Report of an investigation into the causes of malaria in Bombay and the measures necessary for its control
Disease focus: Malaria
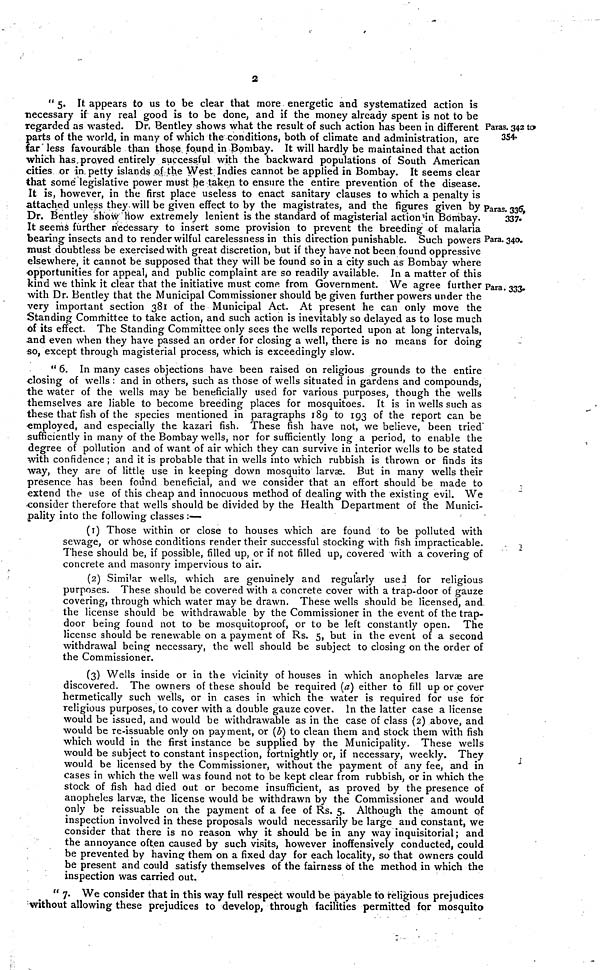
2
Paras. 342 to
35.
Paras. 337.
337.
Para. 340.
Para. 333.
" 5. It appears to us to be clear that more energetic and systematized action is
necessary if any real good is to be done, and if the money already spent is not to be
regarded as wasted. Dr. Bentley shows what the resuit of such action has been in different 1
parts of the world, in many of which the conditions, both of climate and administration, are
farless favourable than those found in Bombay. It will hardly be maintained that action
which has,proyed entirely successful with the backward populations of South American
cities or in. petty islands of the West Indies cannot be applied in Bombay. It seems clear
that somé législative power must be taken to ensure the entire prevention of the disease.
It is, however, in the first place useless to enact sanitary clauses to which a penalty is
attached unless they. will be given effect to by the magistrates, and the figures given by
Dr. Bentley show How extremely lenient is the standard of magisterial action'in Bombay.
It seems further necessary to insert some provision to prevent the breeding of malaria
bearing insects and to render wilful carelessness in this direction punishable. Such powers
must doubtless be exercised with great discretion, but if they have not been found oppressive
elsewhere, it cannot be supposed that they will be found so in a city such as Bombay where
opportunities for appeal, and public complaint are so readily available. In a matter of this
kind we think it clear that the initiative must corne from Government. We agree further
with Dr. Bentley that the Municipal Commissioner should be given further powers under the
very important section 381 of the Municipal Act. At present he can only move the
Standing Committee to take action, and such action is inevitably so delayed as to lose much
of its effect. The Standing Committee only sees the wells reported upon at long intervais,
and even when they have passed an order for closing a well, there is no means for doing
so, except through magisterial process, which is exceedingly slow.
" 6. In many cases objections have been raised on religious grounds to the entire
closing of wells : and in others, such as those of wells situated in gardens and compounds,
the water of the wells may be beneficially used for various purposes, though the wells
themselves are Jiable to become breêding places for mosquitoes. It is in wells such as
these that fish of the species mentioned in paragraphs 189 to 193 of the report can be
employed, and especially the kazari fish. These fish have not, we believe, been tried'
sufficiently in many of the Bombay wells, nor for sufficiently long a period, to enable the
degree of pollution and of want of air which they can survive in interior wells to be stated
with confidence ; and it is probable that in wells into which rubbish is thrown or finds its
way, they are of little use in keeping down mosquito larvae. But in many wells their
presence has been found beneficial, and we consider that an effort should be made to
extend the use of this cheap and innocuous method of dealing with the existing evil. We
consider therefore that wells should be divided by the Health Department of the Munici-
pality into the following classes :—
(1) Those within or close to houses which are found to be polluted with
sewage, or whose conditions render their successful stocking with fish impracticable.
These should be, if possible, filled up, or if not filled up, covered with a covering of
concrete and masonry impervious to air.
(2) Similar wells, which are genuinely and regularly use for religious
purposes. Thèse should be covered with a concrete cover with a trap-door of gauze
covering, through which water may be drawn. These wells should be licensed, and,
the license should be withdrawable by the Commissioner in the event of the trap-
door being found not to be mosquitoproof, or to be left constantly open. The
license should be renewable on a payment of Rs. 5, but in the event of a second
withdrawal being necessary, the well should be subject to closing on the order of
the Commissioner.
(3) Wells inside or in the vicinity of houses in which anopheles larvse are
discovered. The owners of these should be required (a) either to fill up or cover
hermetically such wells, or in cases in which the water is required for use for
religious purposes, to cover with a double gauze cover. In the latter case a license
would be issued, and would be withdrawable as in the case of class {2) above, and
would be re-issuable only on payment, or (b) to clean them and stock them with fish
which would in the first instance be supplied by the Municipality. These wells
would be subject to constant inspection, fortnightly or, if necessary, weekly. They
would be licensed by the Commissioner, without the payment of any fee, and in
cases in which the well was found not to be kept clear from rubbish, or in which the
stock of fish had died out or become insufficient, as proved by the presence of
anopheles larvae, the license would be withdrawn by the Commissioner and would
only be reissuable on the payment of a fee of Rs. 5. Although the amount of
inspection involved in these proposais would necessarily be large and constant, we
consider that there is no reason why it should be in any way inquisitorial ; and
the annoyance often caused by such visits, however inoffensively conducted, could
be prevented by having them on a fixed day for each locality, so that owners could
be present and could satisfy themselves of the fairness of the method in which the
inspection was carried out.
" 7. We consider that in this way full respect would be payable to religious prejudices
without allowing these prejudices to develop, through facilities permitted for mosquito